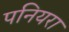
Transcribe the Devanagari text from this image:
पनियरा